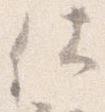
仕